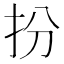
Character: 扮